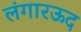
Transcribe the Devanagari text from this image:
लंगारऊद